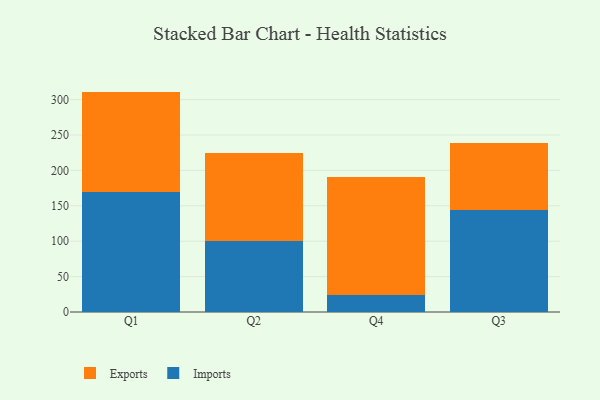
{"axis": {"x": "Quarter", "y": "Market Share (%)"}, "legend": ["Exports", "Imports"], "data": [{"x": "Q1", "y": 169.6, "type": "Imports"}, {"x": "Q1", "y": 141.7, "type": "Exports"}, {"x": "Q2", "y": 99.8, "type": "Imports"}, {"x": "Q2", "y": 124.1, "type": "Exports"}, {"x": "Q4", "y": 24.6, "type": "Imports"}, {"x": "Q4", "y": 166.0, "type": "Exports"}, {"x": "Q3", "y": 143.4, "type": "Imports"}, {"x": "Q3", "y": 96.0, "type": "Exports"}]}